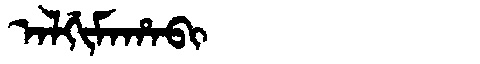
Manchu: ᠠᠯᡤᡳᠮᠠᡥᠠᠪᡳ
Romanization: ALGIMAHABI